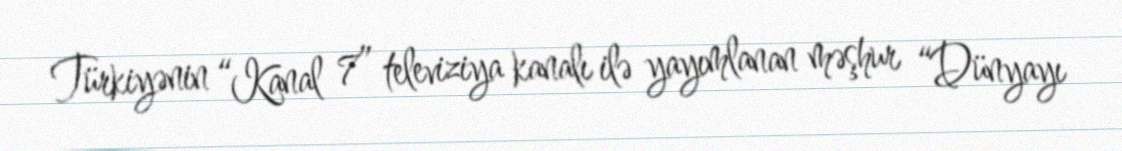
Türkiyənin “Kanal 7” televiziya kanalı ilə yayımlanan məşhur “Dünyayı